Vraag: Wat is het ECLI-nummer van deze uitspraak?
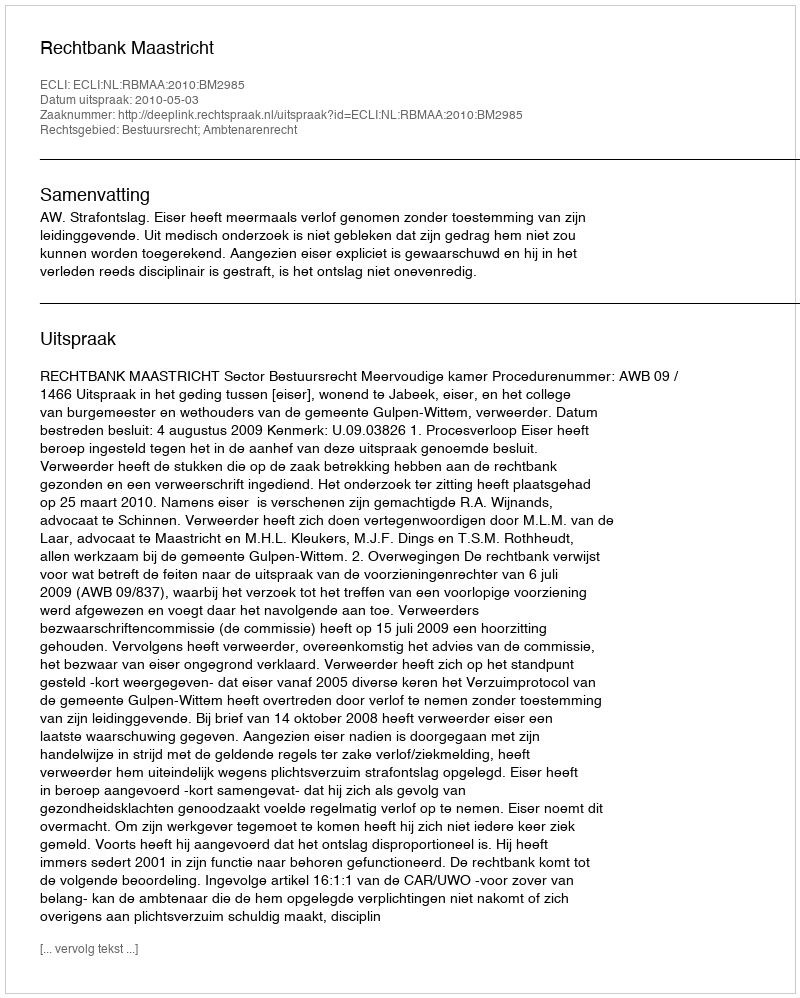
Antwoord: ECLI:NL:RBMAA:2010:BM2985